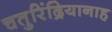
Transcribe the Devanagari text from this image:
चतुरिंद्रियानाह